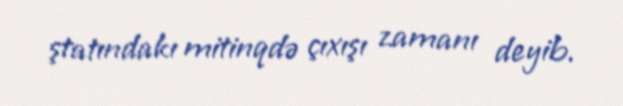
ştatındakı mitinqdə çıxışı zamanı deyib.